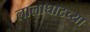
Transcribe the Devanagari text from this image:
लालाघाटच्या